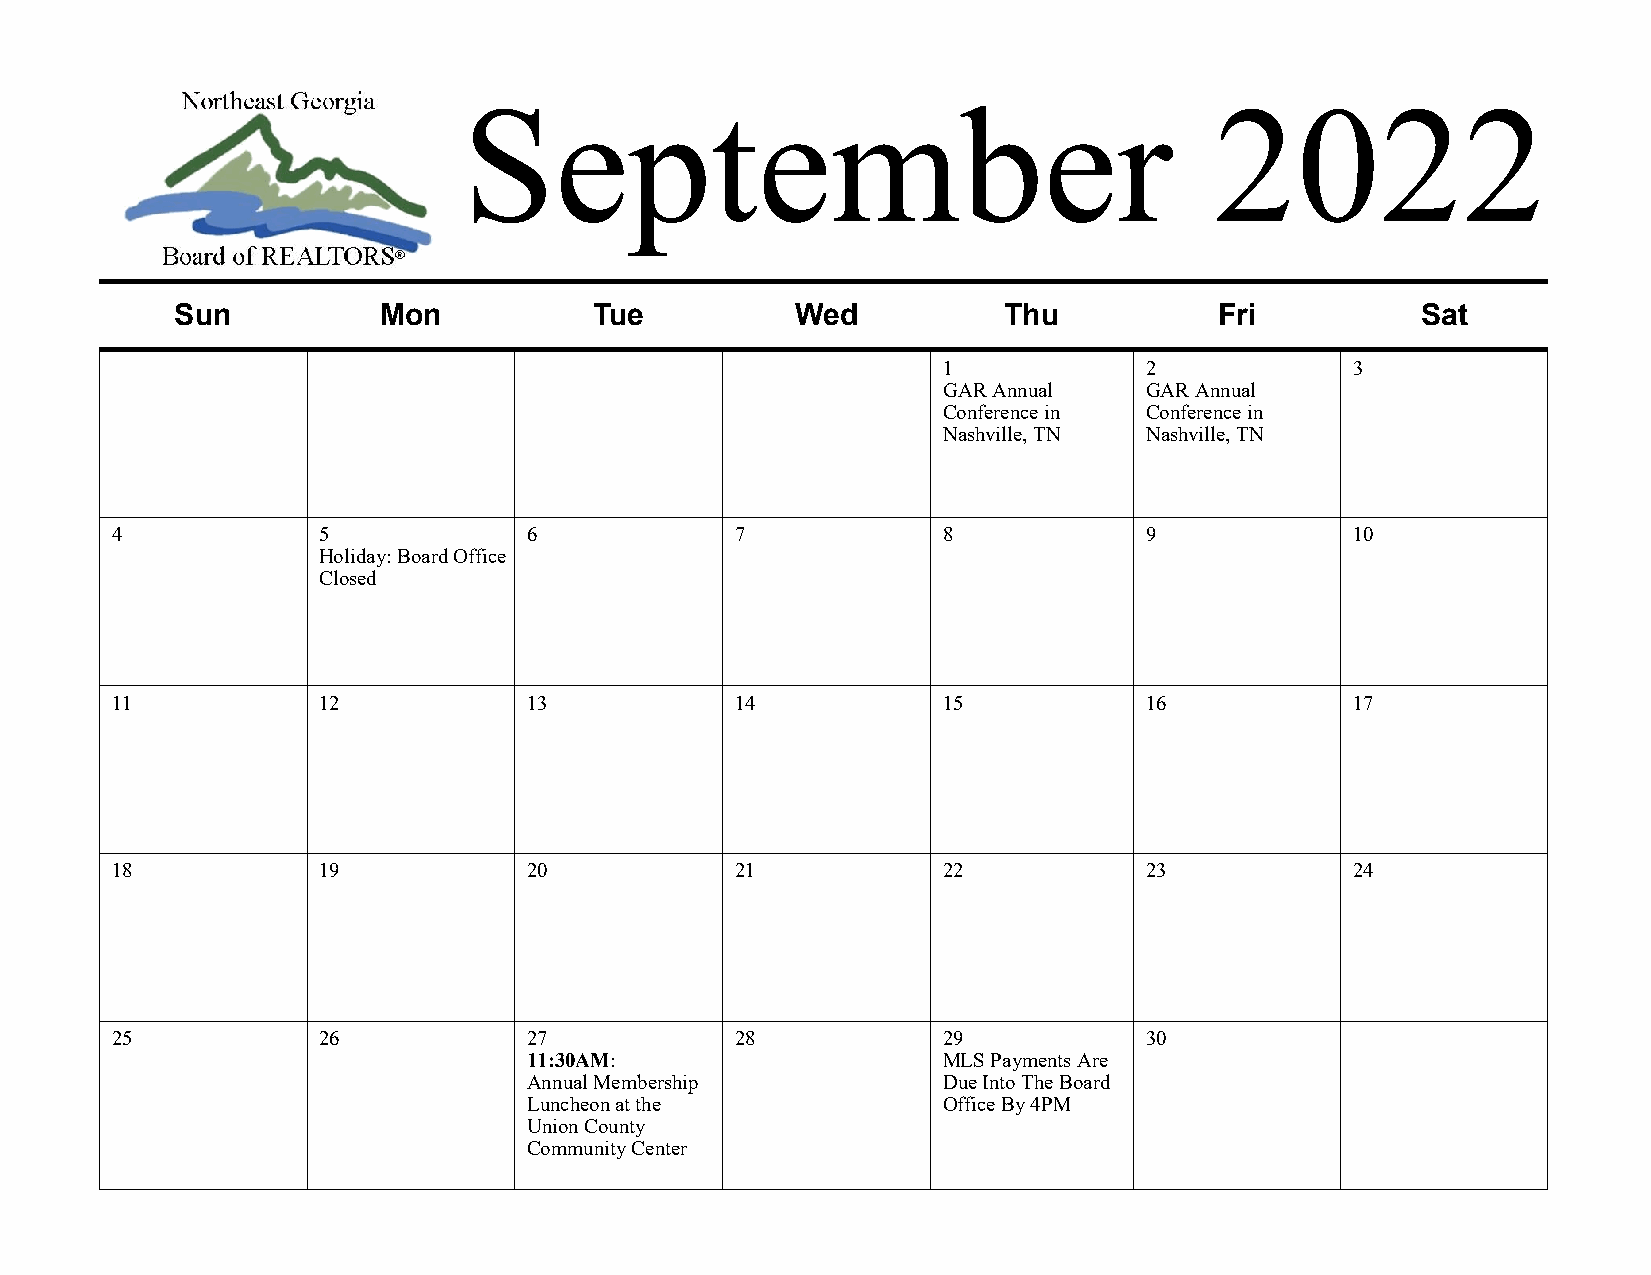
September                                        2022
 Sun          Mon           Tue           Wed          Thu            Fri          Sat
 1             2            3
 GAR Annual    GAR Annual
 Conference in Conference in
 Nashville, TN Nashville, TN
 4             5             6             7            8             9            10
 Holiday: Board Office
 Closed
 11            12            13            14           15            16           17
 18            19            20            21           22            23           24
 25            26            27            28           29            30
 11:30AM:                   MLS Payments Are
 Annual Membership          Due Into The Board
 Luncheon at the            Office By 4PM
 Union County
 Community Center